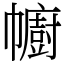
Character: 幮